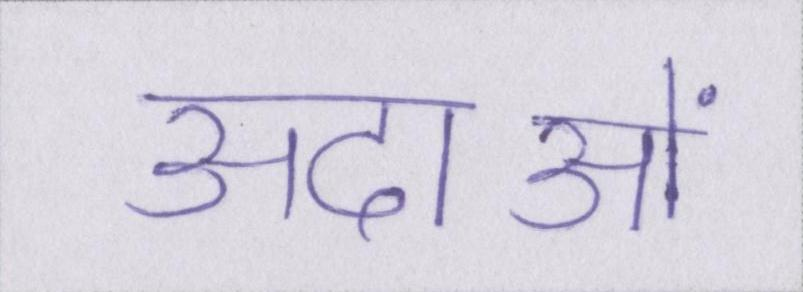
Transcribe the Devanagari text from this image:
अदाओं